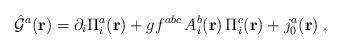
LaTeX: \begin{align*}{\hat {\cal G}}^{a}({\bf r})=\partial_{i}\Pi_{i}^{a}({\bf r})+gf^{abc}\,A_{i}^{b}({\bf r})\,\Pi_{i}^{c}({\bf r})+j_{0}^{a}({\bf r})\;,\end{align*}